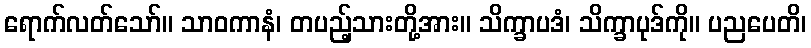
ရောက်လတ်သော်။ သာဝကာနံ၊ တပည့်သားတို့အား။ သိက္ခာပဒံ၊ သိက္ခာပုဒ်ကို။ ပညပေတိ၊